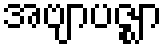
အဗျာပဇ္ဈာ